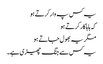
یہ کس پہ وار کرتے ہو
کہ ہاہاکار کرتے ہو
مگر یہ بھول جاتے ہو
یہ کس سے جنگ چھیڑی ہے۔